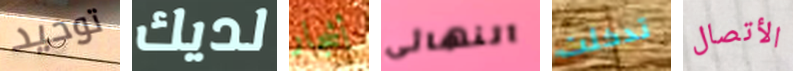
توحيد لديك أشجار النهائى تدخلت الأتصال